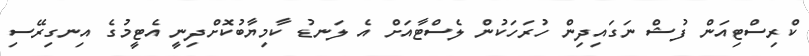
ކްރިސްޓިއަން ފުޝް ނަގައިދިން ހުރަހަކުން ލެސްޓާއަށް އެ ލަނޑު ކާމިޔާބުކޮށްދިނީ އެޓީމުގެ އިނގިރޭސި